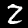
Label: 2